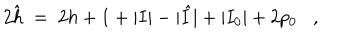
2 \hat { h } \; = \; 2 h + 1 + | I | - | \hat { I } | + | I _ { 0 } | + 2 p _ { 0 } ,